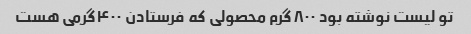
تو لیست نوشته بود ۸۰۰ گرم محصولی که فرستادن ۴۰۰گرمی هست